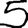
Digit: 5